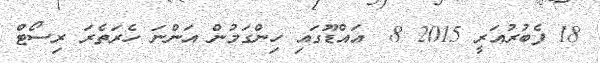
18 ފެބުރުއަރީ 2015 8  އައްޑޫގައި ހިންގަމުން އަންނަ ހެރަތެެރަ ރިސޯޓް